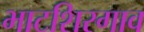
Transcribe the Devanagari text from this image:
भाटशिरगाव